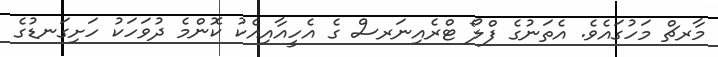
މާރޗް މަހުގައެވެ. އެތަނުގެ ފްލޯ ޓްރެއިނަރސް ގެ އެހީއާއިއެކު ކޮންމެ ދުވަހަކު ހަށިގަނޑުގެ